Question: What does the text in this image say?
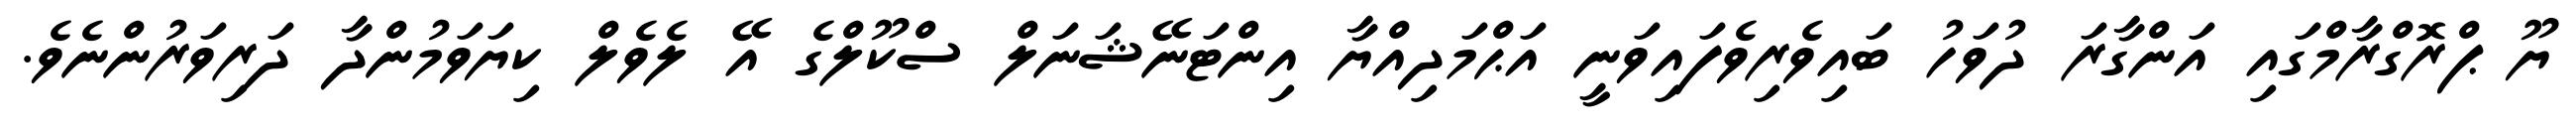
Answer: ޔޫ ޕްރޮގްރާމްގައި އަންގާރަ ދުވަހު ބައިވެރިވެފައިވަނީ އަޙްމަދިއްޔާ އިންޓަނޭޝަނަލް ސްކޫލްގެ އޭ ލެވެލް ކިޔަވަމުންދާ ދަރިވަރުންނެވެ.